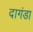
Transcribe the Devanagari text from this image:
दागंडा